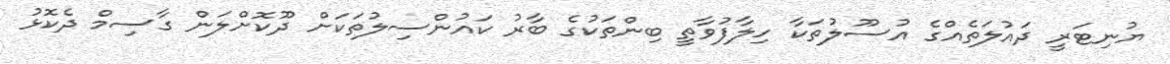
ޔުނިޓަރީ ދައުލަތެއްގެ އުސޫލުތަކާ ހިލާފުވާތީ ބިންތަކުގެ ބާރު ކައުންސިލުތަކަށް ދޫކޮށްލަން ގާސިމް ދެކޮޅު